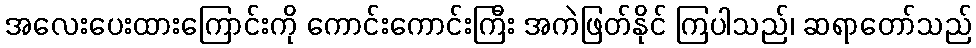
အလေးပေးထားကြောင်းကို ကောင်းကောင်းကြီး အကဲဖြတ်နိုင် ကြပါသည်၊ ဆရာတော်သည်